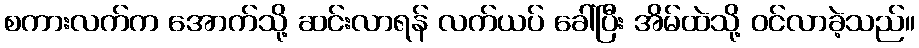
စကားလက်က အောက်သို့ ဆင်းလာရန် လက်ယပ် ခေါ်ပြီး အိမ်ထဲသို့ ဝင်လာခဲ့သည်။